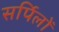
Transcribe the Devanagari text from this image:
सर्पिलों